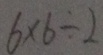
6 \times 6 \div 2